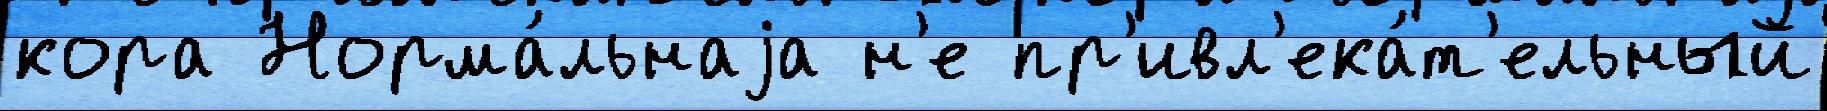
кора Норма́льнаjа н'е пр'ивл'ека́т'ельный